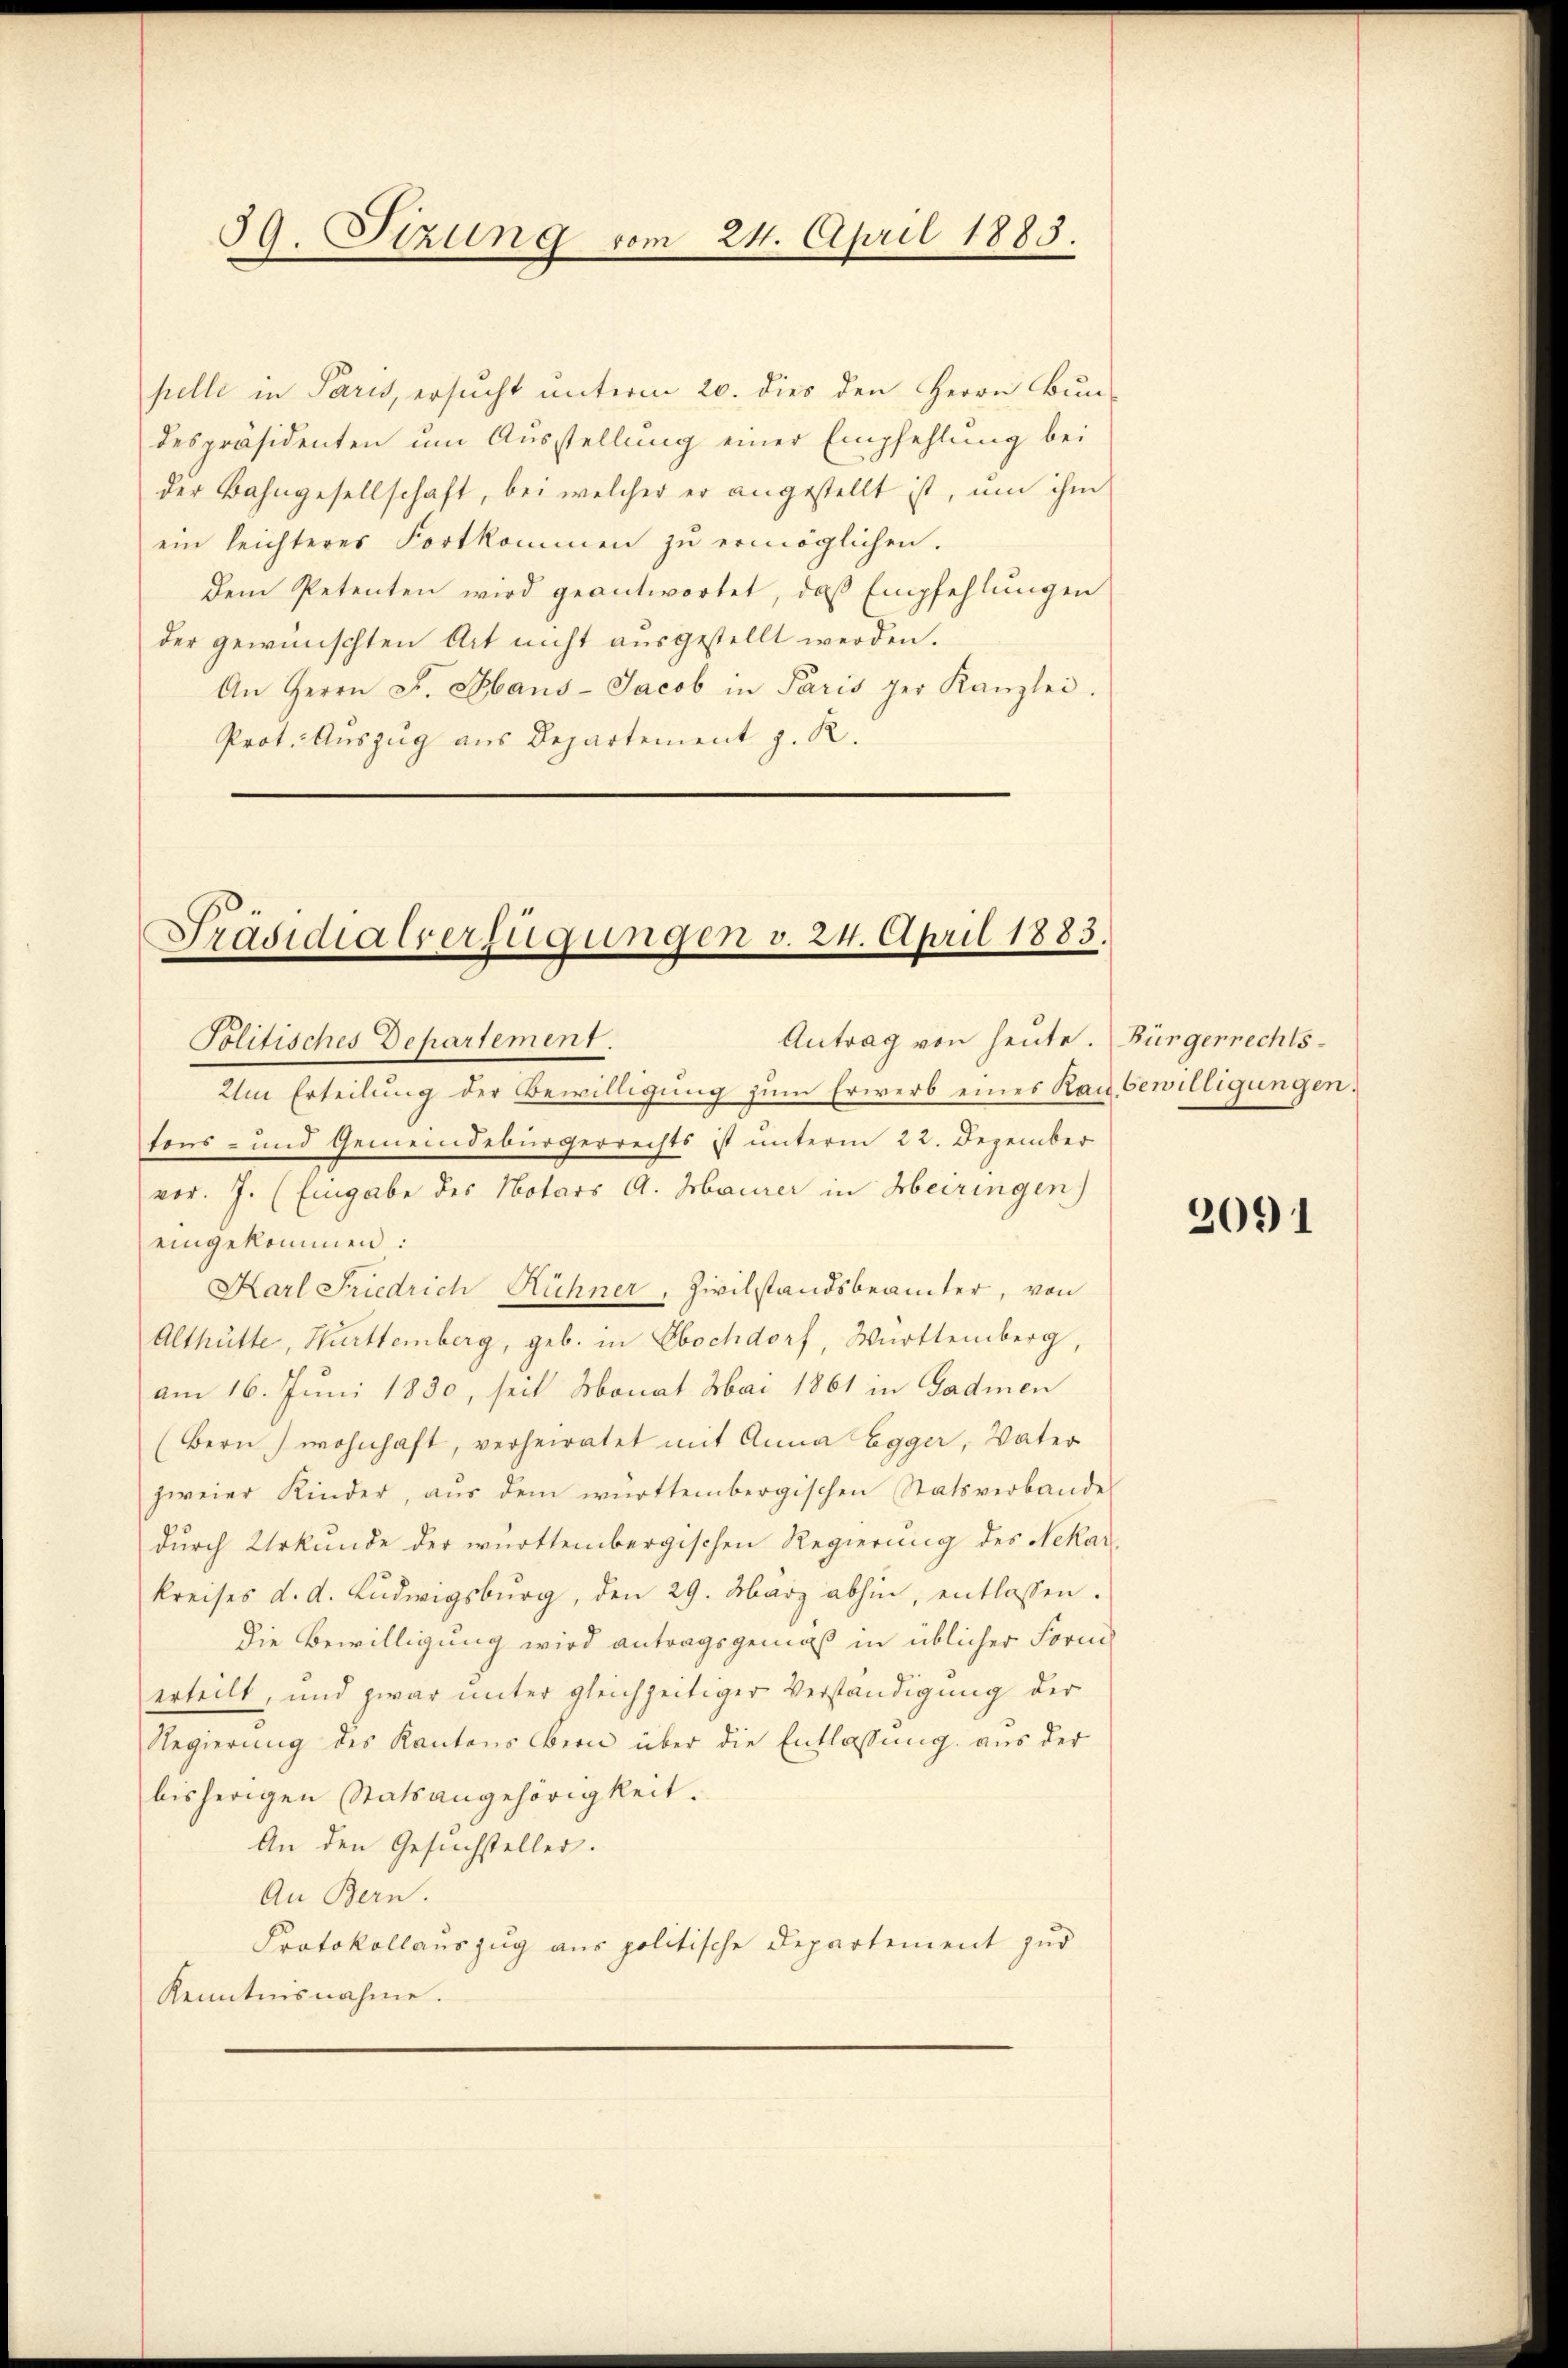
59. Sizung vom 24. April 1883.

pelle in Paris, ersucht unterm 20. dies den Herrn Bun-
despräsidenten um Ausstellung einer Empfehlung bei
der Bahngesellschaft, bei welcher er angestellt ist, um ihm
ein leichteres Fortkommen zŭ ermöglichen.
dem Petenten wird geantwortet, daß Empfehlungen
der gewünschten Art nicht ausgestellt werden.
An Herrn F. Haus- Jacob in Paris per Kanzlei.
Prot. Auszug aus Departement z. R.

Präsidialverfügungen v. 24. April 1883.
Antrag von heute. Bürgerrechts-
Politisches Departement.

Um Erteilung der Bewilligung zum Erwerb eines Rau bewilligungen.
fens- und Gemeindebürgerrechts ist unterm 22. Dezember
vor. J. (Eingabe des Notars A. Maier in Heiringen)
eingekommen:
Karl Friedrich Rühner, Zivilstandsbeamter, von
Althütte, Hurttemberg, geb. in Ebochdorf, Württemberg,
am 16. Juni 1830, seit Monat Mai 1861 in Gadmen
(Bern) wohnhaft, verheiratet mit Anna Egger, Vater
zweier Kinder, aŭs dem württembergischen Statsverbande
durch Urkunde der württembergischen Regierung des Nekar-
Kreises d. d. Ludwigsburg, den 29. März abhin, entlassen.
Die Bewilligung wird antragsgemäß in üblicher Form
erteilt, und zwar unter gleichzeitiger Verständigung der
Regierung des Kantons Bern über die Entlassung aus der
bisherigen Statsangehörigkeit.
An den Gesuchsteller.
An Bern.
Protokollauszug aus politische Departement zur
Kenntnisnahme.

2091